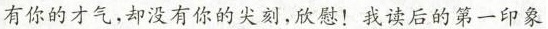
有你的才气，却没有你的额尖刻，欣慰！我读后的第一印象